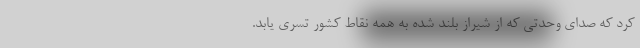
کرد که صدای وحدتی که از شیراز بلند شده به همه نقاط کشور تسری یابد.